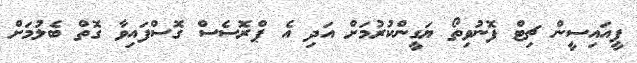
ޕީއައިސީން ޗިޓް ފޮނުވިތޯ ޔަގީންކުރުމަށް އަދި އެ ޕްރޮސެސް ގޮސްފައިވާ ގޮތް ބެލުމަށް